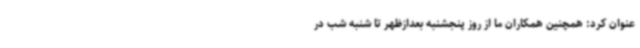
عنوان کرد: همچنین همکاران ما از روز پنجشنبه بعدازظهر تا شنبه شب در